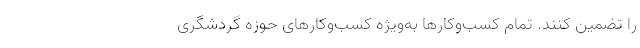
را تضمین کنند. تمام کسب‌وکار‌ها به‌ویژه کسب‌وکار‌های حوزه گردشگری